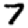
Digit: 7